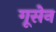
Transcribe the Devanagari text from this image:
गूसेन